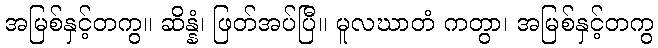
အမြစ်နှင့်တကွ။ ဆိန္နံ၊ ဖြတ်အပ်ပြီ။ မူလဃာတံ ကတွာ၊ အမြစ်နှင့်တကွ